Sketch of the medical history of the native army of Bombay, for the year
Year: 1875
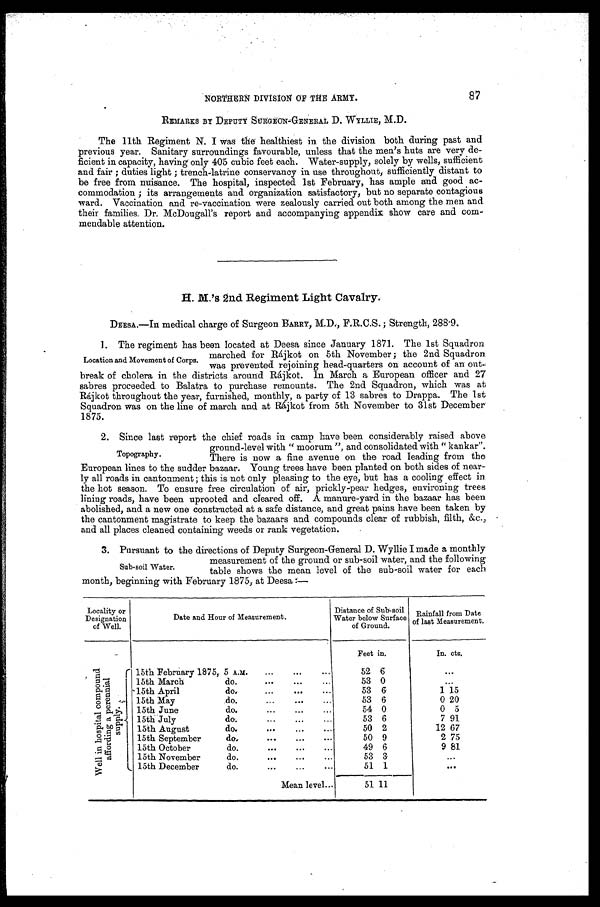
N O R T H E R N D I V I S I O N O F T H E A R M Y .
8 7
REMARKS BY DEPUTY SURGEON-GENERAL D. WYLLIE, M.D.
The 11th Regiment N. I was the healthiest in the division both during past and
previous year. Sanitary surroundings favourable, unless that the men's huts are very de
-ficient in capacity, having only 405 cubic feet each. Water-supply, solely by wells, sufficient
and fair; duties light; trench-latrine conservancy in use throughout, sufficiently distant to
be free from nuisance. The hospital, inspected 1st February, has ample and good ac
-commodation; its arrangements and organization satisfactory, but no separate contagious
ward. Vaccination and re-vaccination were zealously carried out both among the men and
their families. Dr. McDougall's report and accompanying appendix show care and com
-mendable attention.
H. M.'s 2nd Regiment Light Cavalry.
DEESA.—In medical charge of Surgeon BARRY, M.D., F.R.C.S.; Strength, 288·9.
1. The regiment has been located at Deesa since January 1871. The 1st Squadron
marched for Rájkot on 5th November; the 2nd Squadron.
was prevented rejoining head-quarters on account of an out-
break of cholera in the districts around Rájkot. In March a European officer and 27
sabres proceeded to Balatra to purchase remounts. The 2nd Squadron, which was at
Rájkot throughout the year, furnished, monthly, a party of 13 sabres to Drappa. The 1st
Squadron was on the line of march and at Rájkot from 5th November to 31st December
1875.
2. Since last report the chief roads in camp have been considerably raised above
ground-level with "moorum", and consolidated with "kankar".
There is now a fine avenue on the road leading from the
European lines to the sudder bazaar. Young trees have been planted on both sides of near
-ly all roads in cantonment; this is not only pleasing to the eye, but has a cooling effect in.
the hot season. To ensure free circulation of air, prickly-pear hedges, environing trees
lining roads, have been uprooted and cleared off. A manure-yard in the bazaar has been
abolished, and a new one constructed at a safe distance, and great pains have been taken by
the cantonment magistrate to keep the bazaars and compounds clear of rubbish, filth, &c.,
and all places cleaned containing weeds or rank vegetation.
3. Pursuant to the directions of Deputy Surgeon-General D. Wylie I made a monthly
measurement of the ground or sub-soil water, and the following
table shows the mean level of the sub-soil water for each
month, beginning with February 1875, at Deesa:—
Locality or
Designation
of Well.
Date and Hour of Measurement.
Distance of Sub-soil
Water below Surface
of Ground.
Rainfall from Date
of last Measurement.
Feet in.
In. cts.
W e l l i n h o s p i t a l c o m p o u n d a f f o r d i n g a p e r e n n i a l s u p p l y . 15th February 1875, 5 A.M.
52 6
. . .
15th March do.
53 0
. . .
15th April do.
53 6
1 15
15th May do.
53 6
0 20
15th June do.
54 0
0 5
15th July do.
53 6
7 91
15th August do.
50 2
12 67
15th September do.
50 9
2 75
15th October do.
49 6
9 81
15th November do.
53 3
. . .
15th December do.
51 1
. . .
Mean level
51 11
Location and Movement of Corps.
Topography.
Sub-soil Water.